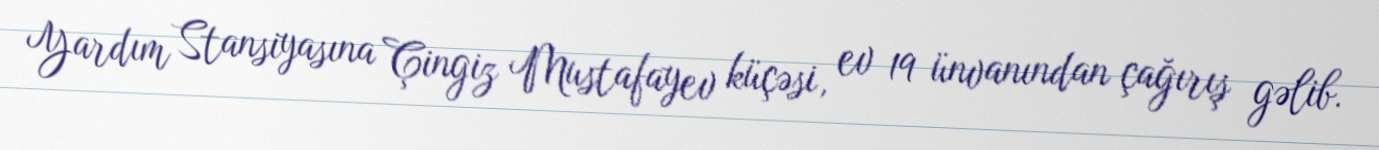
Yardım Stansiyasına Çingiz Mustafayev küçəsi, ev 19 ünvanından çağırış gəlib.